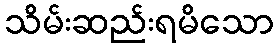
သိမ်းဆည်းရမိသော